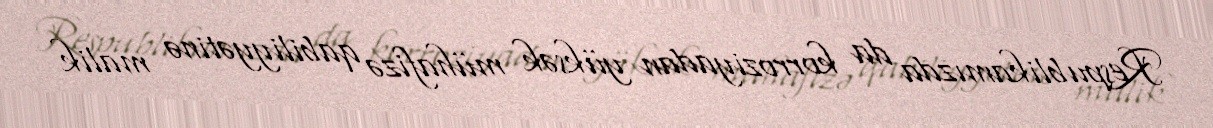
Respublikamızda da korroziyadan yüksək mühafizə qabiliyyətinə malik